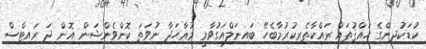
ކުޑަކުދިންގެ ޙައްޤުތައް ރައްކާތެރިކުރުމާބެހޭ ބައިނަލްއަގުވާމީ މުޢާހަދާ ނުވަތަ ކޮންވެންޝަން އޮން ދަ ރައިޓްސް